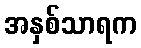
အနှစ်သာရက